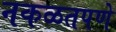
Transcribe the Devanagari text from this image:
नकळतपणे